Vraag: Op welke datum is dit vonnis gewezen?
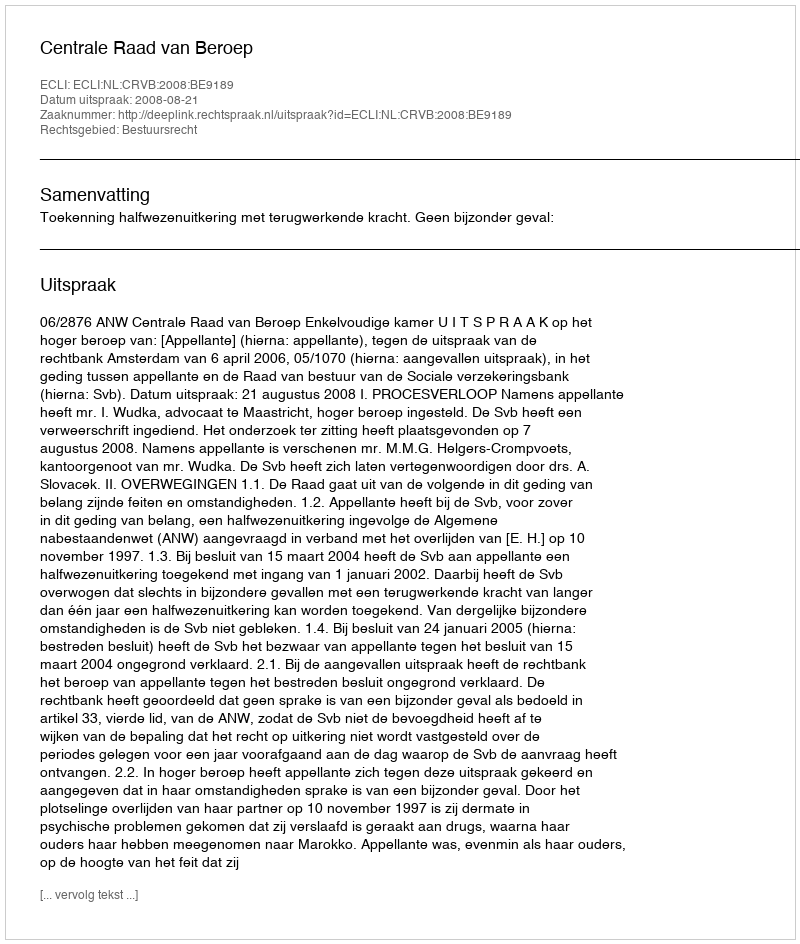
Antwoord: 2008-08-21